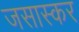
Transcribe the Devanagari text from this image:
जसास्कर